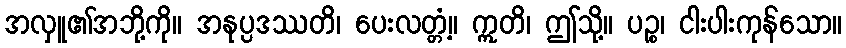
အလှူ၏အဘို့ကို။ အနုပ္ပဒဿတိ၊ ပေးလတ္တံ့။ ဣတိ၊ ဤသို့။ ပဉ္စ၊ ငါးပါးကုန်သော။